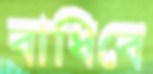
বাধিবে